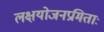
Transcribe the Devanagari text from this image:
लक्षयोजनप्रमिताः